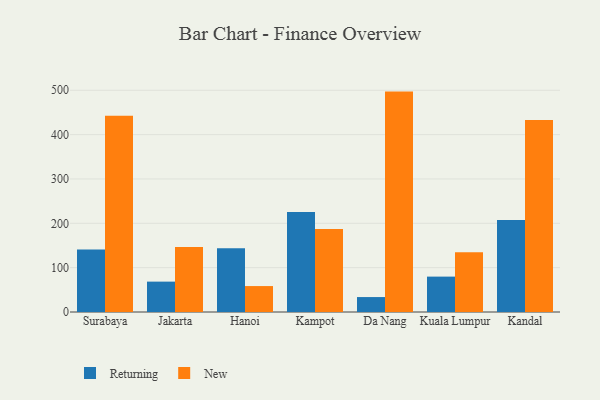
{"axis": {"x": "City", "y": "Gross Profit (USD K)"}, "legend": ["New", "Returning"], "data": [{"x": "Surabaya", "y": 140.9, "type": "Returning"}, {"x": "Surabaya", "y": 442.3, "type": "New"}, {"x": "Jakarta", "y": 68.5, "type": "Returning"}, {"x": "Jakarta", "y": 146.3, "type": "New"}, {"x": "Hanoi", "y": 143.6, "type": "Returning"}, {"x": "Hanoi", "y": 58.5, "type": "New"}, {"x": "Kampot", "y": 225.5, "type": "Returning"}, {"x": "Kampot", "y": 186.9, "type": "New"}, {"x": "Da Nang", "y": 33.7, "type": "Returning"}, {"x": "Da Nang", "y": 497.0, "type": "New"}, {"x": "Kuala Lumpur", "y": 79.8, "type": "Returning"}, {"x": "Kuala Lumpur", "y": 134.8, "type": "New"}, {"x": "Kandal", "y": 207.5, "type": "Returning"}, {"x": "Kandal", "y": 433.2, "type": "New"}]}